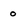
Character: o